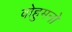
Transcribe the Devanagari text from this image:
वोहुमनो